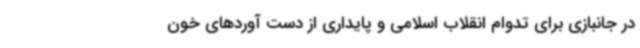
در جانبازی برای تدوام انقلاب اسلامی و پایداری از دست آوردهای خون